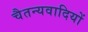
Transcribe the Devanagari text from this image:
चैतन्यवादियों